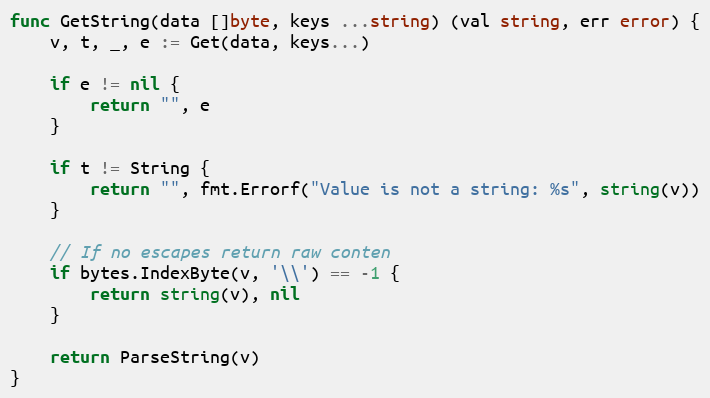
Language: Go
func GetString(data []byte, keys ...string) (val string, err error) {
	v, t, _, e := Get(data, keys...)

	if e != nil {
		return "", e
	}

	if t != String {
		return "", fmt.Errorf("Value is not a string: %s", string(v))
	}

	// If no escapes return raw conten
	if bytes.IndexByte(v, '\\') == -1 {
		return string(v), nil
	}

	return ParseString(v)
}